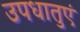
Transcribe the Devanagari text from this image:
उपधातुएं